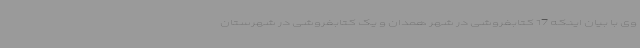
وی با بیان اینکه 17 کتابفروشی در شهر همدان و یک کتابفروشی در شهرستان